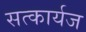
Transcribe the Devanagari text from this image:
सत्कार्यज